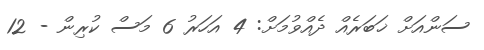
ސަންއަށް ޚަބަރެއް ދެއްވުމަށް: 4 އަހަރު 6 މަސް ކުރިން - 12